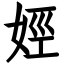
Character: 娙